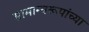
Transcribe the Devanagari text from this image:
सामान्यरूपांच्या